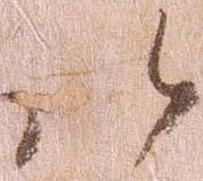
以